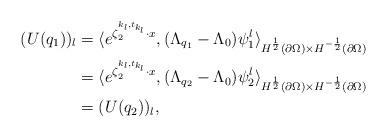
LaTeX: \begin{align*}(U(q_1))_l &=\langle e^{\zeta_2^{k_l,t_{k_l}}\cdot x}, (\Lambda_{q_1} - \Lambda_{0})\psi_1^l \rangle_{{ H^{\frac12}(\partial \Omega) \times H^{-\frac12}(\partial \Omega)}} \\& = \langle e^{\zeta_2^{k_l,t_{k_l}}\cdot x}, (\Lambda_{q_2} - \Lambda_{0})\psi_2^l \rangle_{{ H^{\frac12}(\partial \Omega) \times H^{-\frac12}(\partial \Omega)}} \\& = (U(q_2))_l, \end{align*}